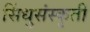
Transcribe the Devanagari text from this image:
सिंधुसंस्कृती